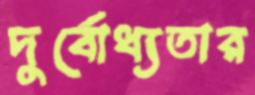
দুর্বোধ্যতার